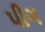
પીગ